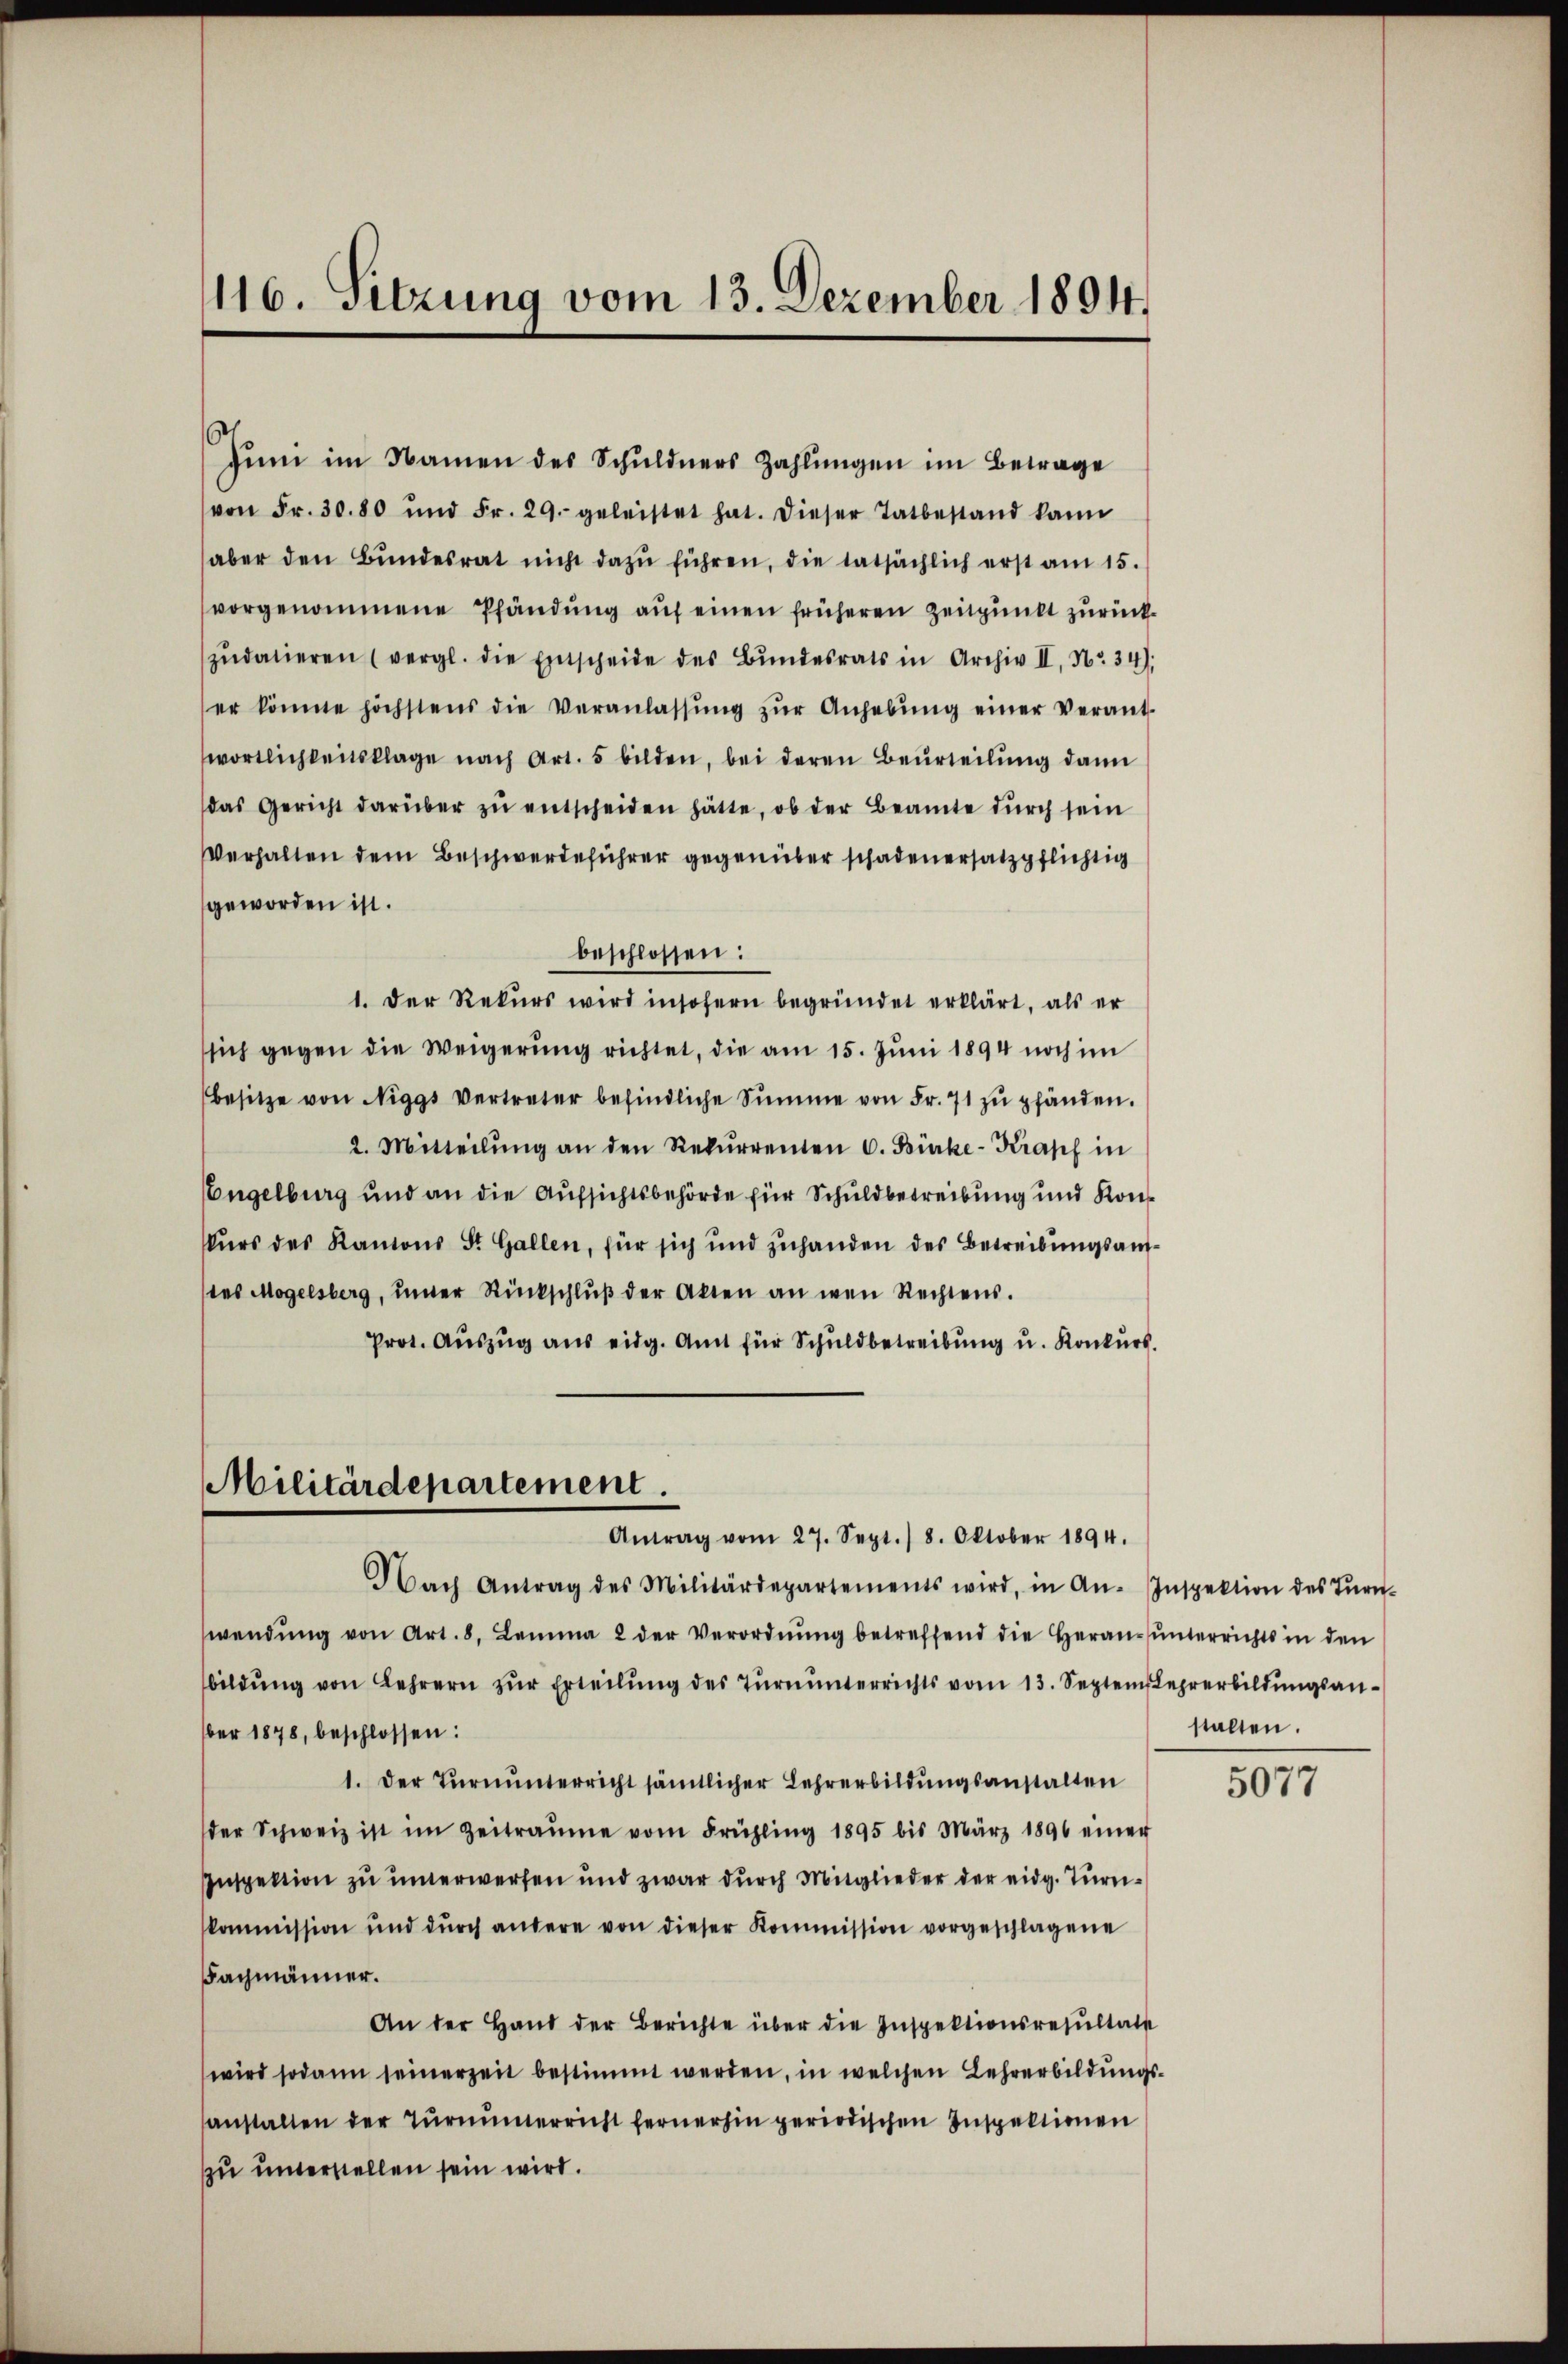
116. Sitzung vom 13. Dezember 1894.

Juni im Namen des Schuldners Zahlungen im Betrage
von Fr. 30.80 und Fr. 29. geleistet hat. Dieser Tatbestand kann
aber den Bŭndesrat nicht dazŭ führen, die tatsächlich erst am 15.
vorgenommene Pfändung auf einen früheren Zeitpunkt zurückzŭdatieren (vergl. die Entscheide des Bŭndesrats in Archiv II, Nr. 34).
er könnte höchstens die Veranlassŭng zŭr Anhebŭng einer verant-
wortlichkeitsklage nach Art. 5 bilden, bei deren Beurteilung dann
das Gericht darüber zŭ entscheiden hätte, ob der Beamte durch sein
Verhalten dem Beschwerdeführer gegenüber schadenersatzpflichtig
geworden ist.
beschlossen:
1. Der Rekurs wird insofern begründet erklärt, als er
sich gegen die Weigerung richtet, die am 15. Juni 1894 noch im
besitze von Niggs Vertreter befindliche Summe von Fr. 71 zŭ pfänden.
2. Mitteilŭng an den Rekurrenten C. Bürke-Krapf in
Engelburg und an die Aufsichtsbehörde für Schuldbetreibung und Konkurs des Kantons St. Gallen, für sich und zuhanden des Betreibungsandes Mogelsberg, unter Rückschlŭβ der Akten an wen Rechtens.
Prot. Aŭszŭg ans eidg. Amt für Schuldbetreibŭng u. Konkurs.

Militärdepartement
Antrag vom 27. Sept./ 8. Oktober 1894.

Nach Antrag des Militärdepartements wird, in An-Inspektion des Tŭrn-
wendŭng von Art. 8. Lemma 2 der Verordnŭng betreffend die Heranŭnterrichts in den
bildŭng von Lehrern zŭr Erteilŭng des Tŭrnŭnterrichts vom 13. Septemehrerbildŭngsan-
ber 1878, beschlossen:
1. Der Turnunterricht sämtlicher Lehrerbildungsanstalten
der Schweiz ist im Zeitraume vom Frühling 1895 bis März 1896 einer
Inspektion zu unterwerfen und zwar durch Mitglieder der eidg. Turnkommission und durch andere von dieser Kommission vorgeschlagene
Fachmänner.
An der Hand der Berichte über die Inspektionsresŭltat
wird sodann seinerzeit bestimmt werden, in welchen Lehrerbildungsanstalten der Tŭrnŭnterricht fernerhin periodischen Inspektionen
zu unterstellen sein wird.

stalten.

507